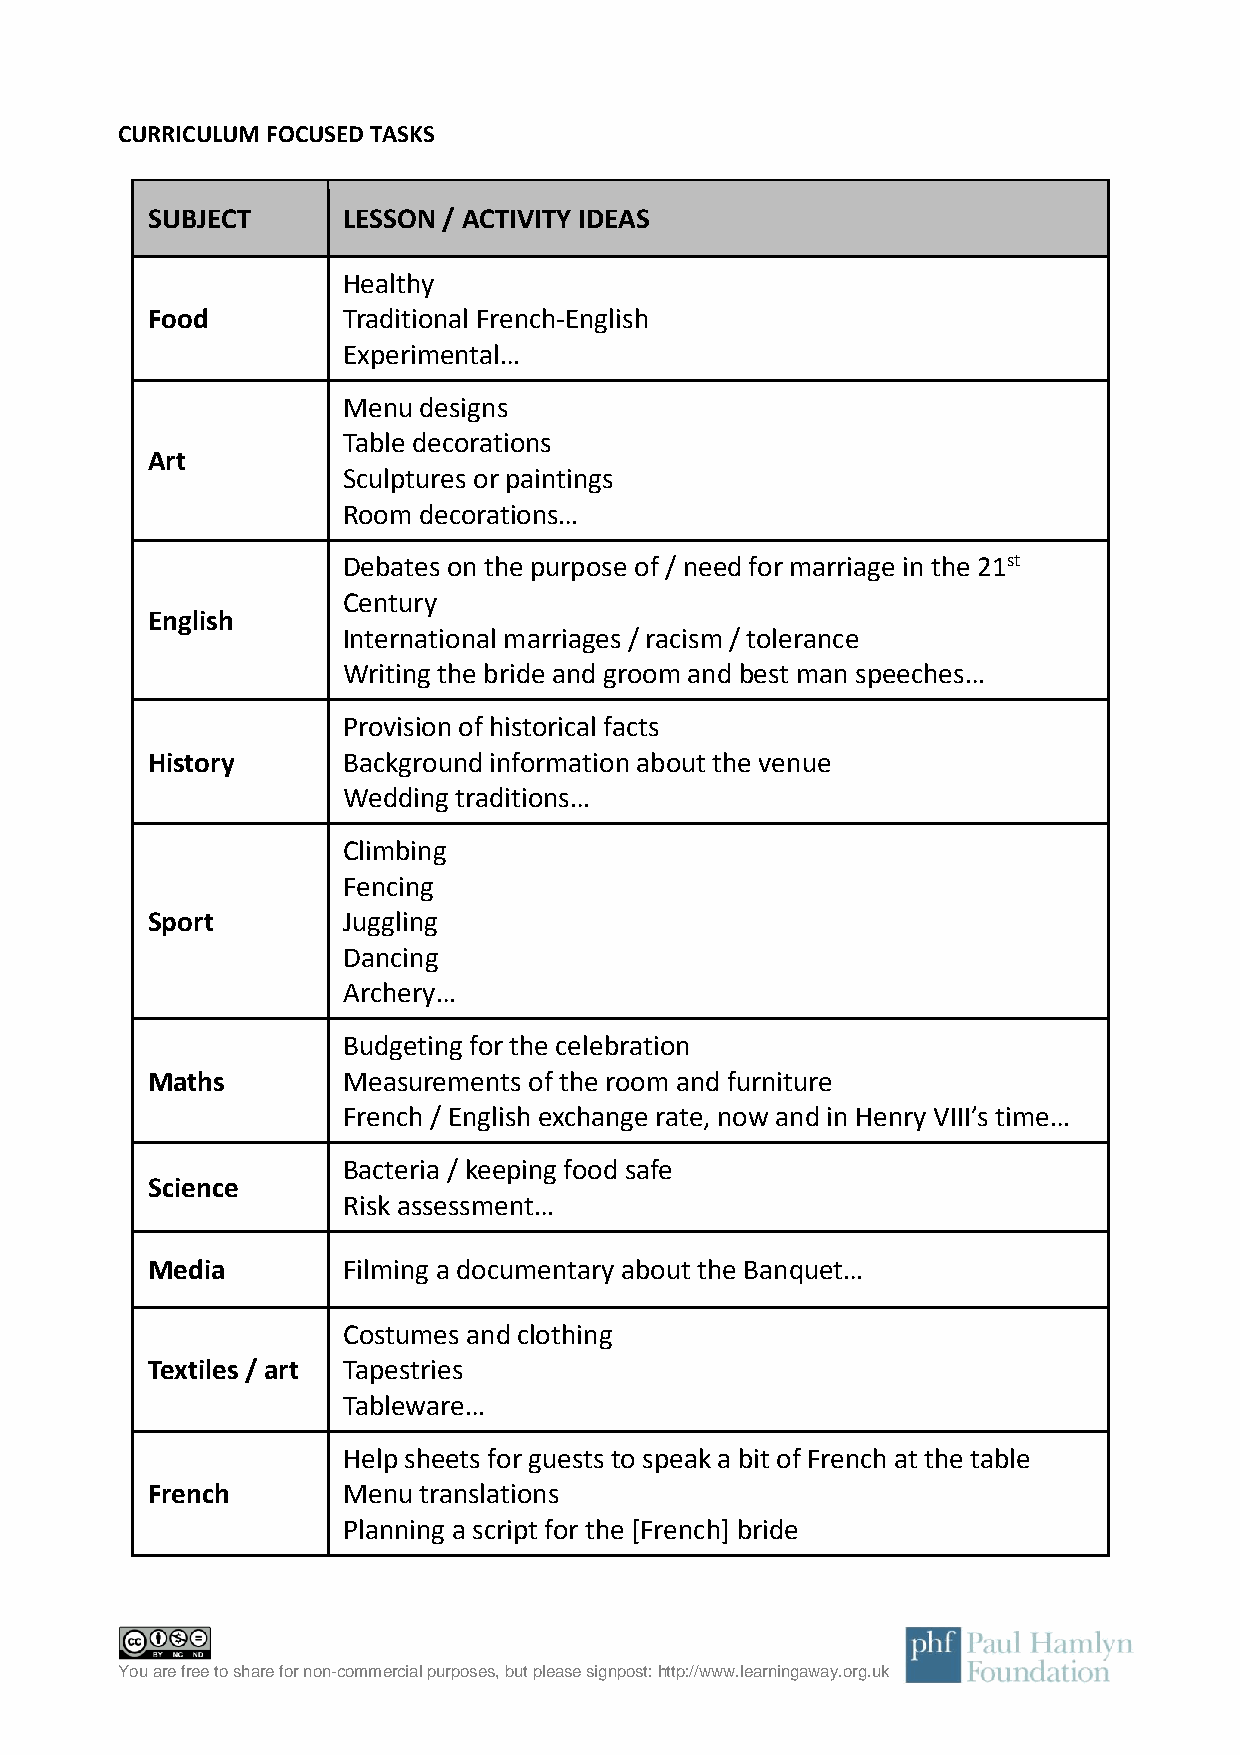
CURRICULUM FOCUSED TASKS
 SUBJECT      LESSON / ACTIVITY IDEAS
 Healthy
 Food         Traditional French-English
 Experimental…
 Menu designs
 Table decorations
 Art
 Sculptures or paintings
 Room decorations…
 Debates on the purpose of / need for marriage in the 21st
 Century
 English
 International marriages / racism / tolerance
 Writing the bride and groom and best man speeches…
 Provision of historical facts
 History      Background information about the venue
 Wedding traditions…
 Climbing
 Fencing
 Sport        Juggling
 Dancing
 Archery…
 Budgeting for the celebration
 Maths        Measurements of the room and furniture
 French / English exchange rate, now and in Henry VIII’s time…
 Bacteria / keeping food safe
 Science
 Risk assessment…
 Media        Filming a documentary about the Banquet…
 Costumes and clothing
 Textiles / art Tapestries
 Tableware…
 Help sheets for guests to speak a bit of French at the table
 French       Menu translations
 Planning a script for the [French] bride
 You are free to share for non-commercial purposes, but please signpost: http://www.learningaway.org.uk